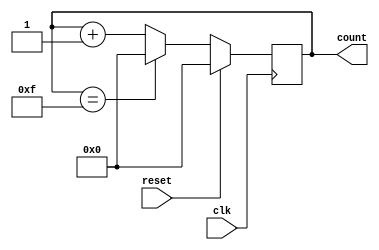
module counter (
    input wire clk,
    input wire reset,
    output reg [3:0] count
);

always @(posedge clk) begin
    if (reset) begin
        count <= 4'b0000;
    end else begin
        if (count == 4'b1111) begin
            count <= 4'b0000;
        end else begin
            count <= count + 1;
        end
    end
end

endmodule